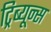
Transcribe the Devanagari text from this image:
ट्रिब्यून्स